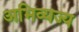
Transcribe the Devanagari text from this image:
अभिव्यज्य